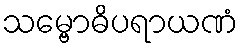
သမ္ဗောဓိပရာယဏံ